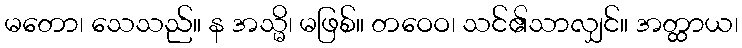
မတော၊ သေသည်။ န အသ္မိ၊ မဖြစ်။ တဝေဝ၊ သင်၏သာလျှင်။ အတ္ထာယ၊